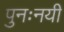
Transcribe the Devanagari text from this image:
पुनःनयी